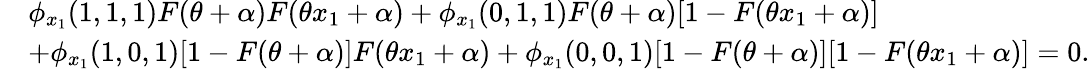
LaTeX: \begin{array}{rl}&{\phi_{x_{1}}(1,1,1)F(\theta+\alpha)F(\theta x_{1}+\alpha)+\phi_{x_{1}}(0,1,1)F(\theta+\alpha)[1-F(\theta x_{1}+\alpha)]}\\ &{+\phi_{x_{1}}(1,0,1)[1-F(\theta+\alpha)]F(\theta x_{1}+\alpha)+\phi_{x_{1}}(0,0,1)[1-F(\theta+\alpha)][1-F(\theta x_{1}+\alpha)]=0.}\end{array}